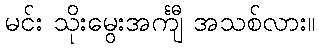
မင်း သိုးမွေးအင်္ကျီ အသစ်လား။